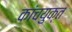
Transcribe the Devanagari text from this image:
कांचयुक्त